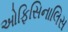
ઓફિસિનાલિસ